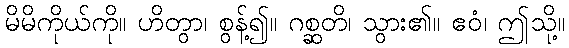
မိမိကိုယ်ကို။ ဟိတွာ၊ စွန့်၍။ ဂစ္ဆတိ၊ သွား၏။ ဧဝံ၊ ဤသို့။